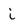
Character: i